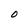
Character: 0